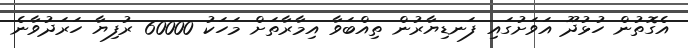
އެގޮތުން ހުޅުދޫ އަވަށުގައި ފަނޑިޔާރުން ތިއްބަވާ އިމާރާތަށް މަހަކު 60000 ރުފިޔާ ހަރަދުވާނެ